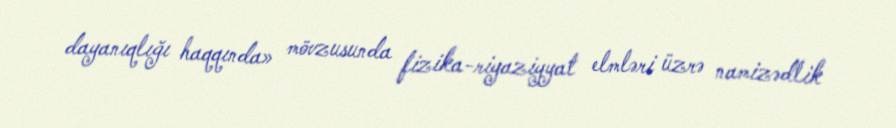
dayanıqlığı haqqında» mövzusunda fizika-riyaziyyat elmləri üzrə namizədlik